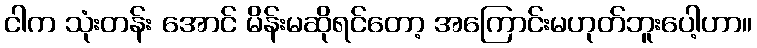
ငါက သုံးတန်း အောင် မိန်းမဆိုရင်တော့ အကြောင်းမဟုတ်ဘူးပေါ့ဟာ။